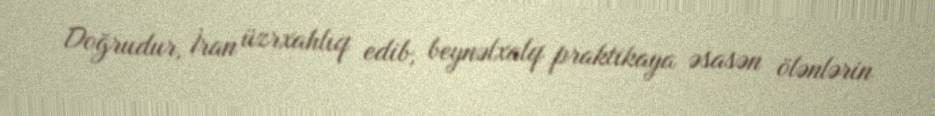
Doğrudur, İran üzrxahlıq edib, beynəlxalq praktikaya əsasən ölənlərin